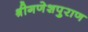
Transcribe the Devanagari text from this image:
श्रीगणेशपुराण